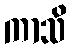
ကာသိ